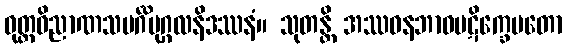
ဝုတ္တဝိညာဏသမင်္ဂိပုဂ္ဂလနိဒဿနံ။ သုတန္တိ အဿဝနဘာဝပဋိက္ခေပတော